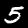
Label: 5